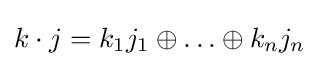
k\cdot j=k_{1}j_{1}\oplus \ldots \oplus k_{n}j_{n}